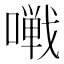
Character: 𱔩